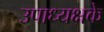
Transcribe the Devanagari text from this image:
उपाध्यक्षके